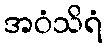
အဝံသိရံ